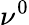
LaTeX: \nu^{0}